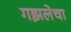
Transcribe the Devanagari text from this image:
गझलेचा